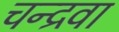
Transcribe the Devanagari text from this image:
चन्द्रवा